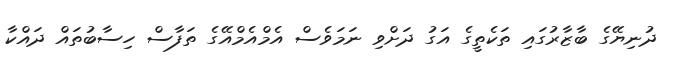
ދުނިޔޭގެ ބާޒާރުގައި ތަކެތީގެ އަގު ދަށްވި ނަމަވެސް އެމްއެމްއޭގެ ތަފާސް ހިސާބުތައް ދައްކާ